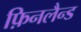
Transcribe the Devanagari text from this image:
फ़िनलैन्ड